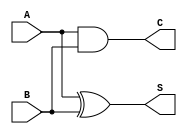
`timescale 1ns / 1ps
//////////////////////////////////////////////////////////////////////////////////
// Company: 
// Engineer: 
// 
// Design Name: 
// Module Name:    Half_Adder_1 
// Project Name: 
// Target Devices: 
// Tool versions: 
// Description: 
//
// Dependencies: 
//
// Revision: 
// Revision 0.01 - File Created
// Additional Comments: 
//
//////////////////////////////////////////////////////////////////////////////////
module Half_Adder_1(
input A,
input B,
output S,
output C
);

assign S=A^B;
assign C=A&B;


endmodule